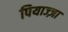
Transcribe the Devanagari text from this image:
पियाज्ज़ा